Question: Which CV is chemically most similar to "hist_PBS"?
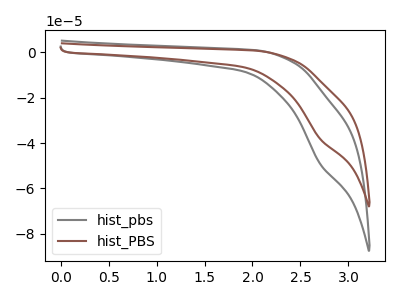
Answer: <think>The gray curve "hist_pbs" has a cathodic peak at: (2.70V, -49.15uA). The brown curve "hist_PBS" has a cathodic peak at: (2.70V, -38.15uA).
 All the peaks in "hist_pbs" have a peak in "hist_PBS" at the same potential. Every peak in "hist_pbs" is higher than every peak in "hist_PBS".</think>
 <answer>The CV with the most similar shape to "hist_pbs" is "hist_PBS".</answer>
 <eval>"hist_PBS"</eval>